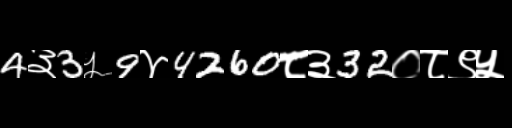
Text: 4३3५9४4260८३32०८९५